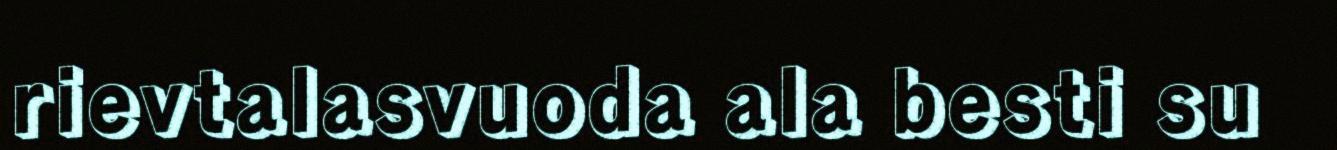
rievtalasvuoda ala besti su